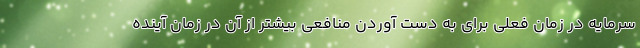
سرمایه در زمان فعلی برای به دست آوردن منافعی بیشتر از آن در زمان آینده